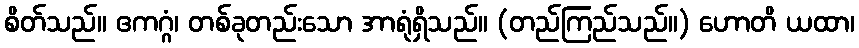
စိတ်သည်။ ဧကဂ္ဂံ၊ တစ်ခုတည်းသော အာရုံရှိသည်။ (တည်ကြည်သည်။) ဟောတိ ယထာ၊